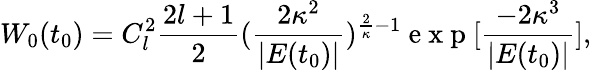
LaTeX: W_{0}(t_{0})=C_{l}^{2}\frac{2l+1}{2}(\frac{2\kappa^{2}}{\left|{E(t_{0})}\right|})^{\frac{2}{\kappa}-1}\mathrm{~e~x~p~}[\frac{-2\kappa^{3}}{\left|{E(t_{0})}\right|}],